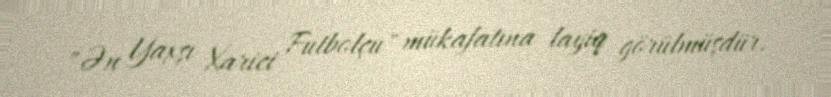
"Ən Yaxşı Xarici Futbolçu" mükafatına layiq görülmüşdür.